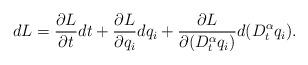
LaTeX: \begin{align*}dL=\frac{\partial L}{\partial t}dt+\frac{\partial L}{\partial q_{i}}dq_{i}+\frac{\partial L}{\partial(D_{t}^{\alpha}q_{i})}d(D_{t}^{\alpha}q_{i}).\end{align*}